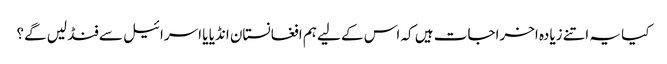
کیا یہ اتنے زیادہ اخراجات ہیں کہ اس کے لیے ہم افغانستان انڈیا یا اسرائیل سے فنڈ لیں گے؟